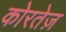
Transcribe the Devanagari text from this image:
कोरतेज़